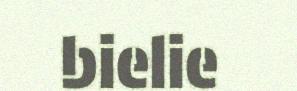
bielie